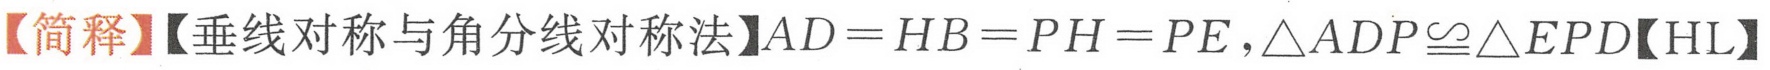
【简释】【垂线对称与角分线对称法】$AD = HB = PH = PE,\triangle ADP\cong\triangle EPD$【HL】